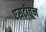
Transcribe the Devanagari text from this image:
एसटीतून